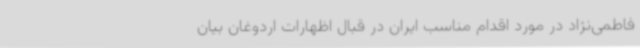
فاطمی‌نژاد در مورد اقدام مناسب ایران در قبال اظهارات اردوغان بیان